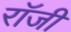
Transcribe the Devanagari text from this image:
राॅजी